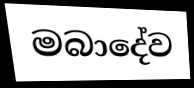
මබාදේව